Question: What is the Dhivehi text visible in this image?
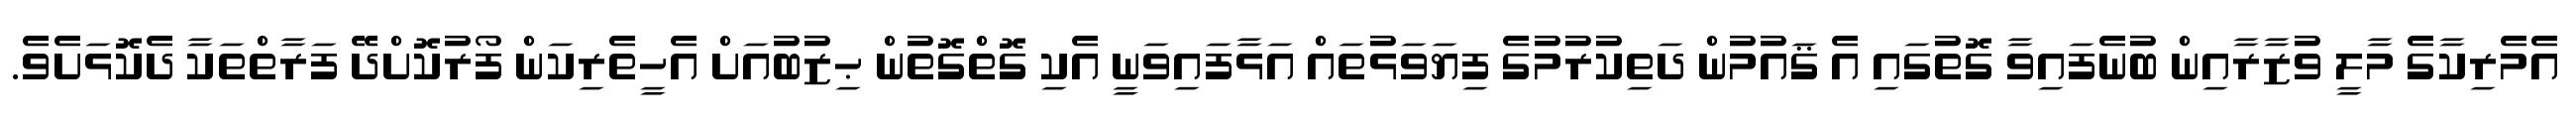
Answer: އެމެރިކާގެ މާލީ ވުޒާރާއިން ބުނެފައިވާ ގޮތުގައި އެ ޤައުމުން ދަތިކުރުމުގެ ފިޔަވަޅުތައް އަޅާފައިވަނީ އެކި ގޮތްގޮތުން ޙިޒުބުއަށް އެހީތެރިކަން ފޯރުކޮށްދޭ ފަރާތްތަކާ ދެކޮޅަށެވެ.